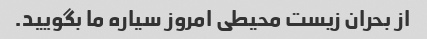
از بحران زیست محیطی امروز سیاره ما بگویید.